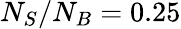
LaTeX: N_{S}/N_{B}=0.25